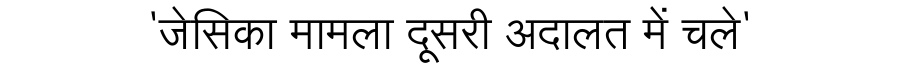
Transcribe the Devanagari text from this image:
'जेसिका मामला दूसरी अदालत में चले'